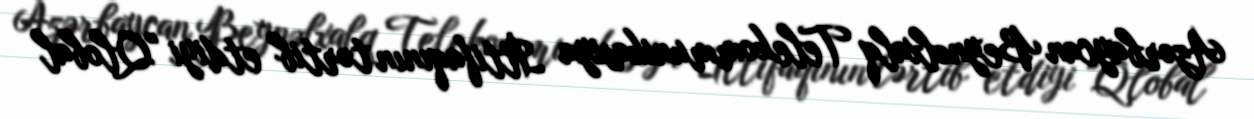
Azərbaycan Beynəlxalq Telekommunikasiya İttifaqının tərtib etdiyi "Qlobal